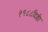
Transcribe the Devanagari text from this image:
१९८८दिल्ली